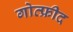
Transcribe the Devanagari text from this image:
गोत्फ्रीद